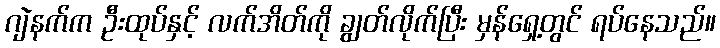
ဂျဲနက်က ဦးထုပ်နှင့် လက်အိတ်ကို ချွတ်လိုက်ပြီး မှန်ရှေ့တွင် ရပ်နေသည်။